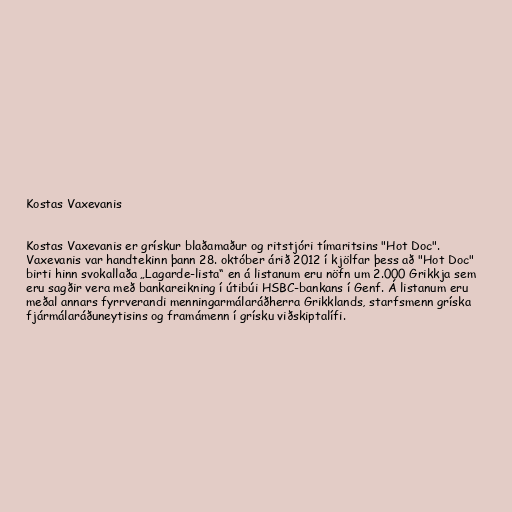
Kostas Vaxevanis

Kostas Vaxevanis er grískur blaðamaður og ritstjóri tímaritsins "Hot Doc".
Vaxevanis var handtekinn þann 28. október árið 2012 í kjölfar þess að "Hot Doc"
birti hinn svokallaða „Lagarde-lista“ en á listanum eru nöfn um 2.000 Grikkja sem
eru sagðir vera með bankareikning í útibúi HSBC-bankans í Genf. Á listanum eru
meðal annars fyrrverandi menningarmálaráðherra Grikklands, starfsmenn gríska
fjármálaráðuneytisins og framámenn í grísku viðskiptalífi.